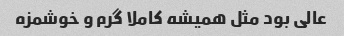
عالی بود مثل همیشه کاملا گرم و خوشمزه